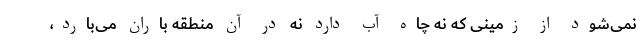
نمی‌شود از زمینی که نه چاه آب دارد نه در آن منطقه باران می‌بارد،